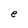
Character: e